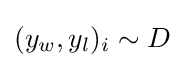
(y_{w},y_{l})_{i}\sim D